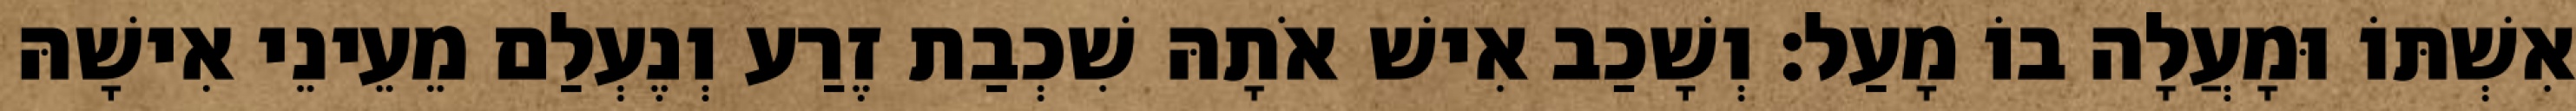
אִשְׁתּוֹ וּמָעֲלָה בוֹ מָעַל׃ וְשָׁכַב אִישׁ אֹתָהּ שִׁכְבַת זֶרַע וְנֶעְלַם מֵעֵינֵי אִישָׁהּ